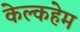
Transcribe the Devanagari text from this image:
केल्कहेम